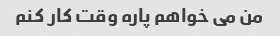
من می خواهم پاره وقت کار کنم